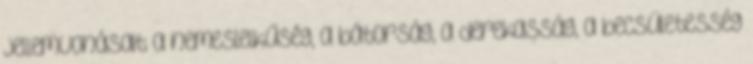
jellemvonásait a nemeslelkűség, a bátorság, a derekasság, a becsületesség